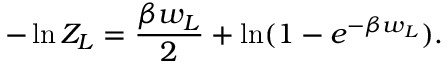
- \ln Z _ { L } = { \frac { \beta w _ { L } } { 2 } } + \ln ( 1 - e ^ { - \beta w _ { L } } ) .